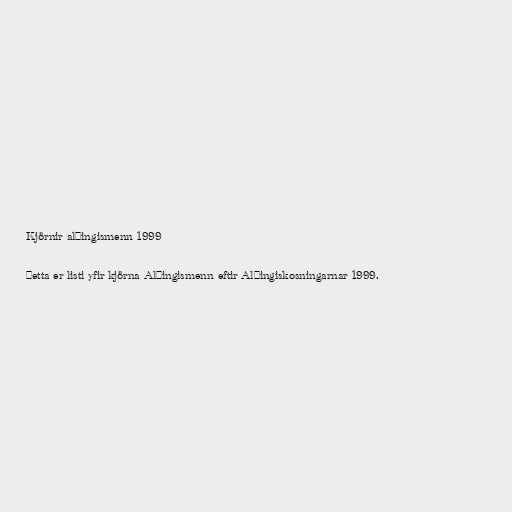
Kjörnir alþingismenn 1999

Þetta er listi yfir kjörna Alþingismenn eftir Alþingiskosningarnar 1999.